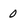
Character: 0